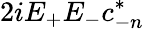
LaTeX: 2iE_{+}E_{-}c_{-n}^{\ast}